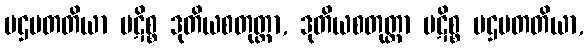
ပဌမတတိယာ ပဋိစ္စ ဒုတိယစတုတ္ထာ, ဒုတိယစတုတ္ထာ ပဋိစ္စ ပဌမတတိယာ,